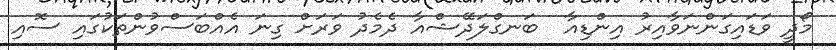
މޯދީ ވަޑައިގަންނަވާއިރު އިންޑިއާ  ބަނގްލަދޭޝްއާ ދެމެދު ވަރަށް ގިނަ އެއްބަސްވުންތަކުގައި ސޮއި